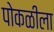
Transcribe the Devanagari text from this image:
पोकळीला